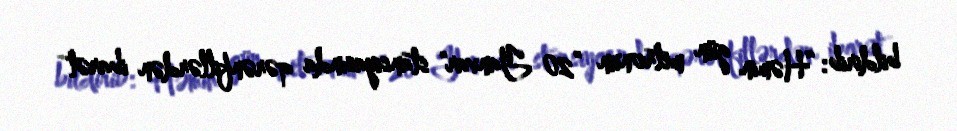
bildirib: “Həmin gün metronun ”20 Yanvar" stansiyasında qərənfillərdən ibarət